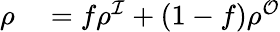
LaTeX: \begin{array}{rl}{\rho}&{{}=f\rho^{\mathcal{I}}+(1-f)\rho^{\mathcal{O}}}\end{array}